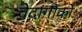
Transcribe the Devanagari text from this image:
वेदांगौंको